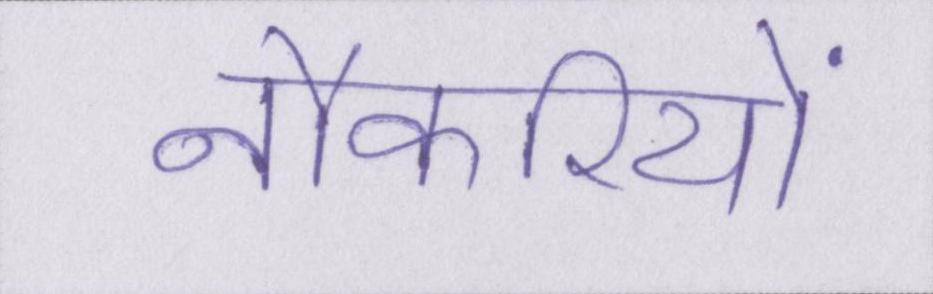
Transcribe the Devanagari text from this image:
नौकरियों